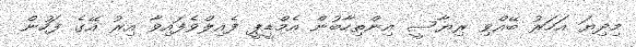
މިދިޔަ އަހަރު ބޭއްވި ރިޔާސީ އިންތިހާބުން އެމްޑީޕީ ފެއިލްވެފައިވާ އިރު އޭގެ ފަހުން